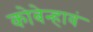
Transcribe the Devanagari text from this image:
कोबेन्हावं